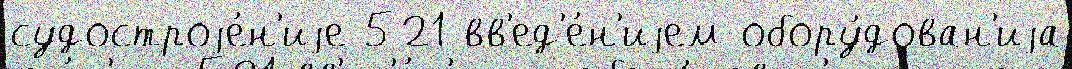
судостроjе́н'иjе 521 вв'ед'е́н'иjем обору́дован'иjа